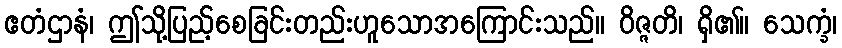
ဧတံဌာနံ၊ ဤသို့ပြည့်စေခြင်းတည်းဟူသောအကြောင်းသည်။ ဝိဇ္ဇတိ၊ ရှိ၏။ သေက္ခံ၊